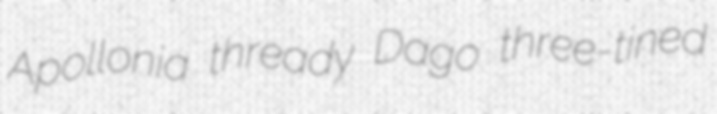
Apollonia thready Dago three-tined